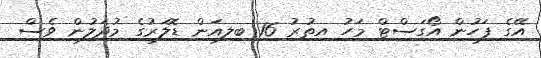
އޭގެ ފަހުން އޯގަސްޓް މަހު އިތުރު 16 ބިލިއަން ޑޮލަރުގެ މުދަލުން ވެސް